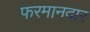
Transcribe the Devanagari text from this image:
फरमानदार